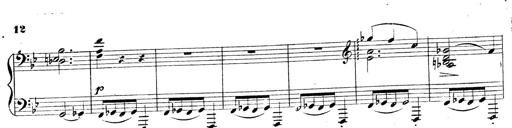
Title: 3 Caprices-Valses
Composer: Franz Liszt